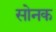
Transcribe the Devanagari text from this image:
सोनक